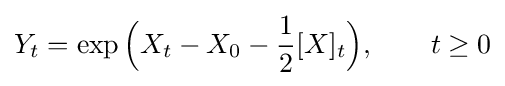
Y_{t}=\exp {\Bigl (}X_{t}-X_{0}-{\frac {1}{2}}[X]_{t}{\Bigr )},\qquad t\geq 0